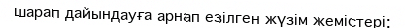
шарап дайындауға арнап езілген жүзім жемістері;